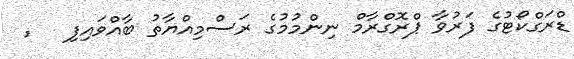
ޑްރަގްކޯޓުގެ ފަރުވާ ޕްރޮގްރާމް ނިންމުމުގެ ރަސްމިއްޔާތު ބާއްވައިފި